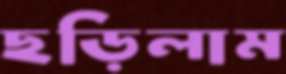
ছড়িলাম